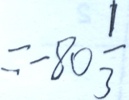
= - 8 0 \frac { 1 } { 3 }